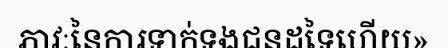
ភាវៈនៃការទាក់ទងជនដទៃហើយ»